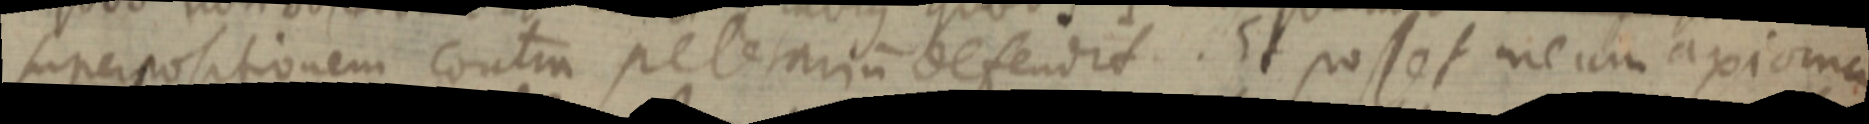
superpositionem contra pelerariu defendit. Et posset meum axioma